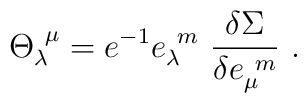
{\Theta }_\lambda ^{~\mu }= e^{-1} e_\lambda ^{~m}~\frac {\delta\Sigma}{\delta e_\mu ^{~m}}\,\,.